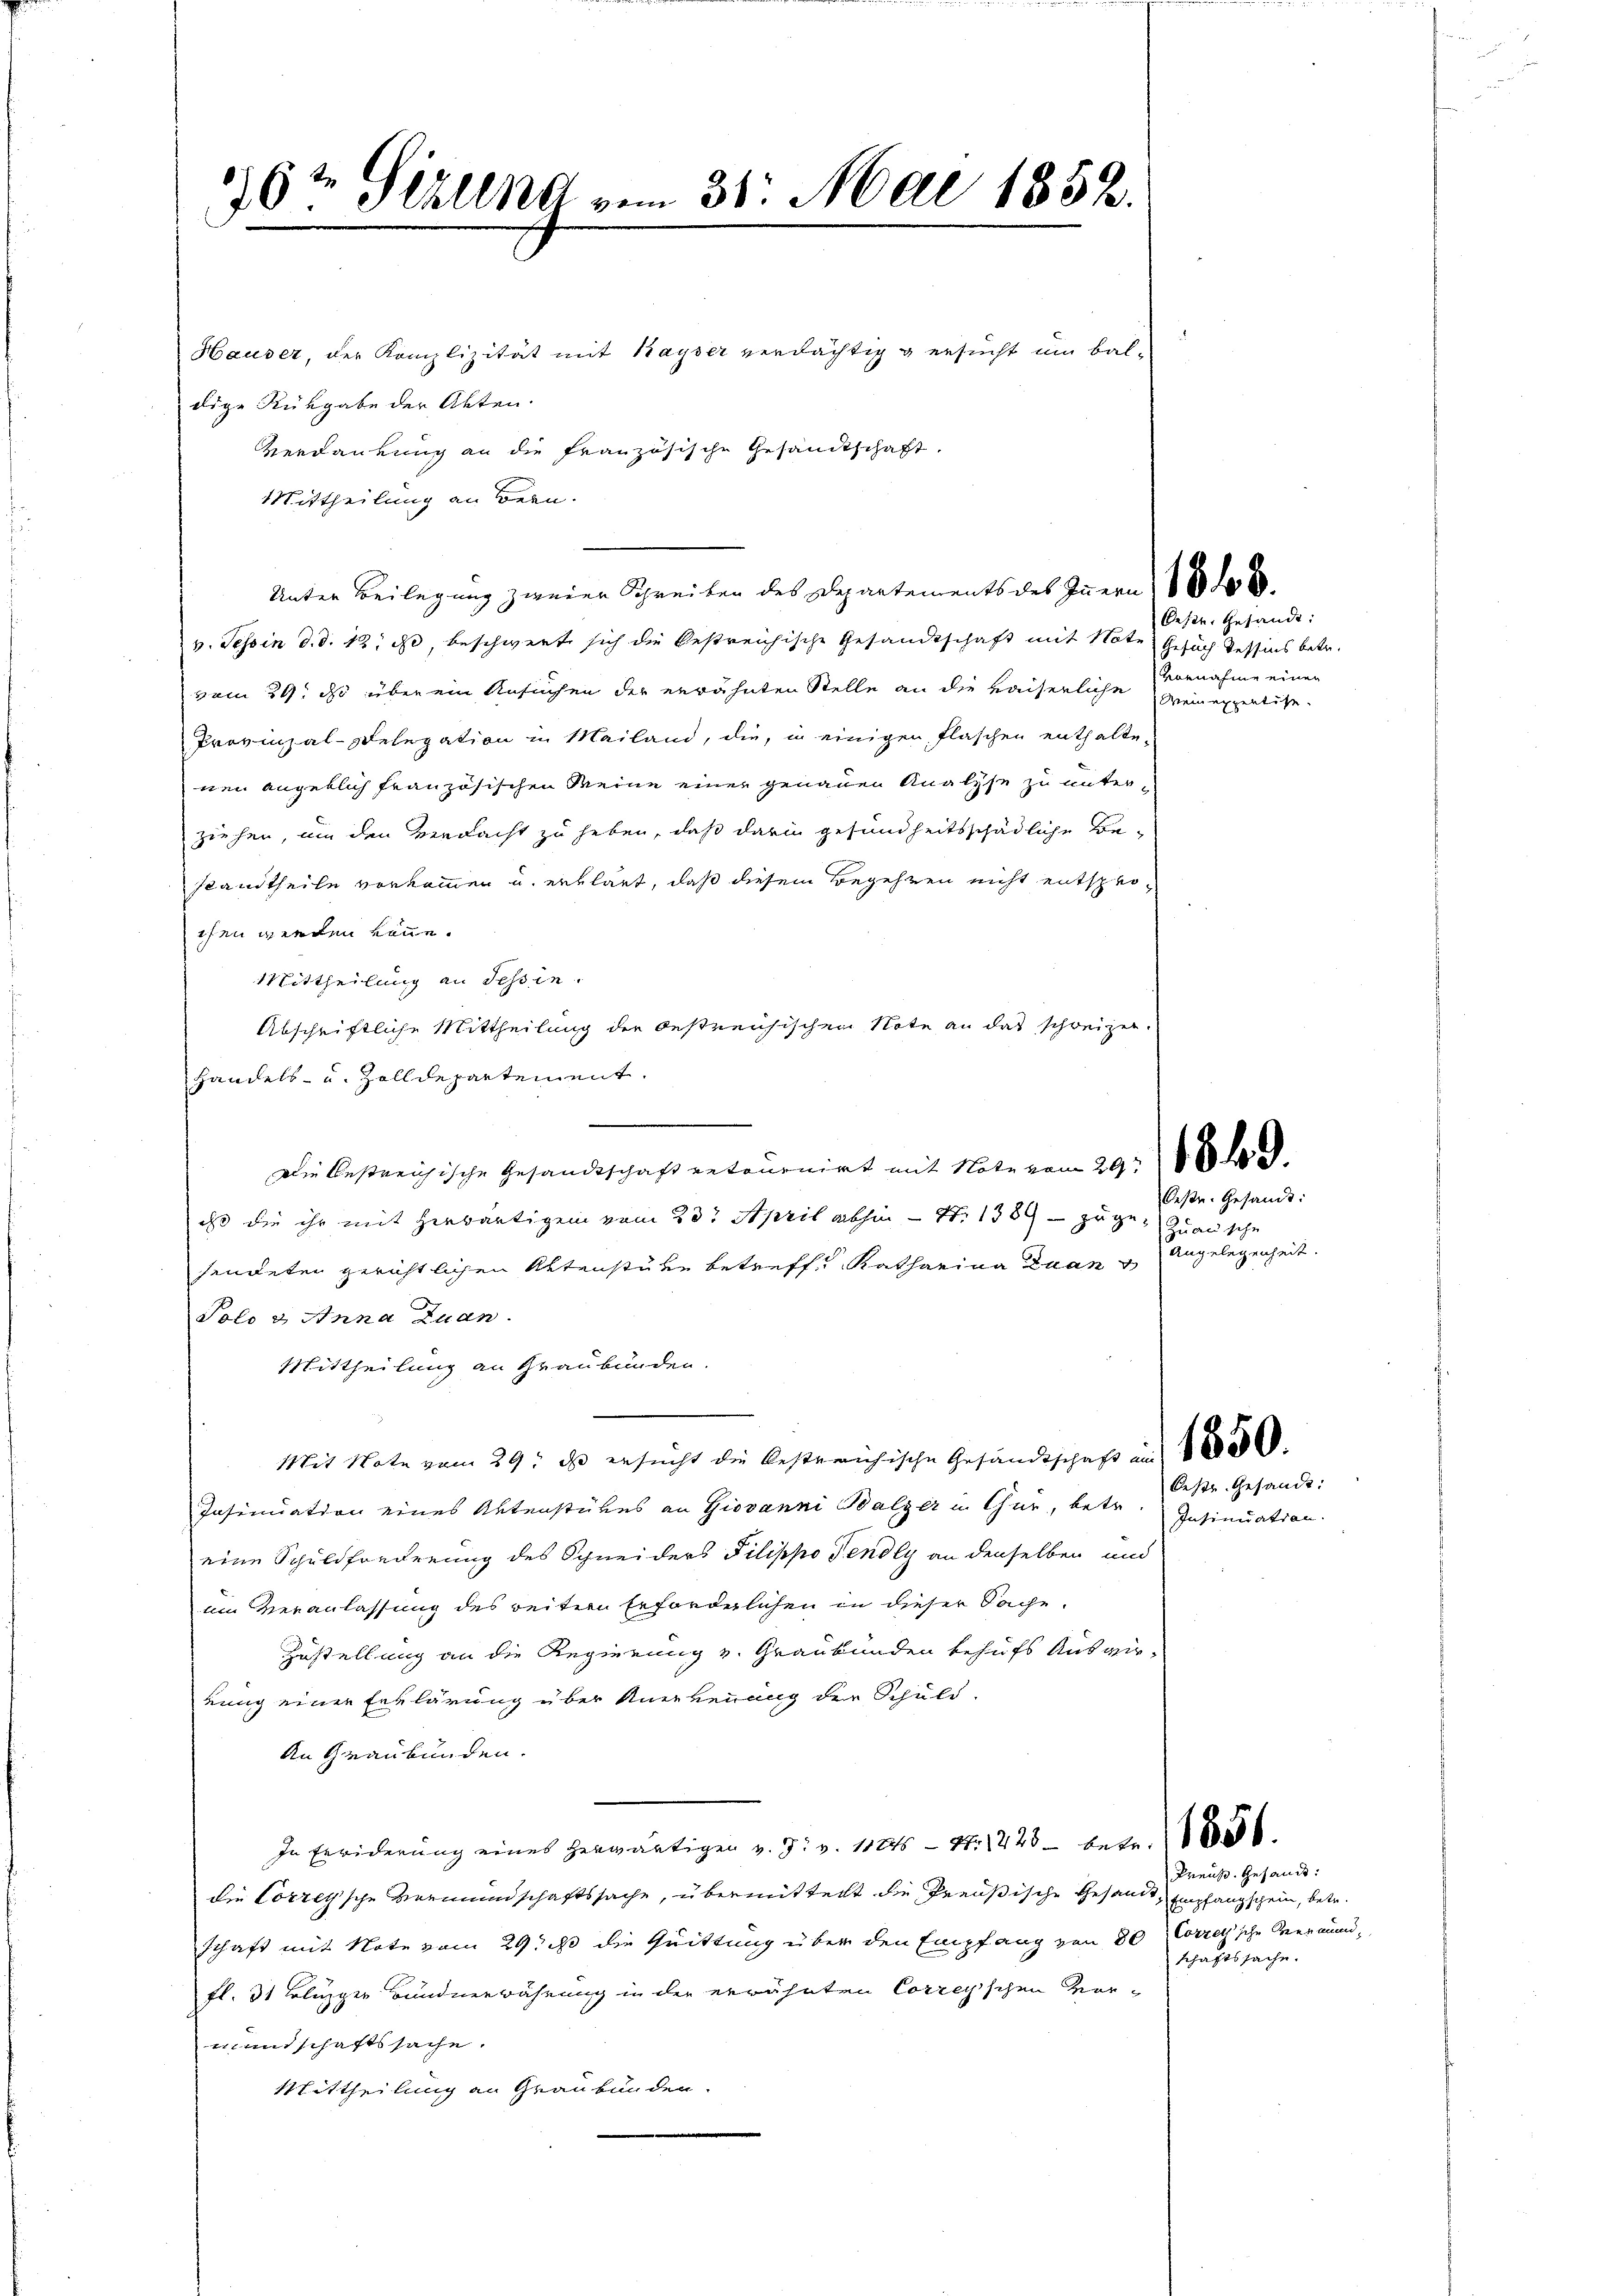
16 t Sekung vom 31. Mai 1852.

Hauser, der Komplizität mit Kayser verdächtig & ersucht um bal-
dige Rückgabe der Akten.
Verdankung an die französische Gesandtschaft.
Mittheilung an Bern.
v. Tessin d. d. 12. a, beschwerte sich die bestreichische Gesandtschaft mit Note Gesuch Tessins betr.
vom 24. ds über ein Ansuchen der erwähnten Stelle an die kaiserliche Vornahme einen
Provinzal-Selegation in Mailand, die, in einigen Flaschen enthaltenen angeblich französischen Meine einer genauen Analyse zu unterziehen, um den Verdacht zu heben, daß darin gesundheitsschädliche Bestandtheile vorkommen u. erklärt, daß diesem Begehren nicht entsprochen werden könne.
Mittheilung an Tessin.
Abschriftliche Mittheilung der bestreichischen Note an das schreizer.
Handels- u. Zolldepartement.
Die bestreichische Gesandtschaft entournirt mit Note vom 29t 88
daß die ihr mit herwärtigen vom 23. April abhin — S. 1389 – zu gesendeten gerichtlichen Aktenstube betreffe Katharina Zuan
Polo 3 Anna Zuan.
Mittheilung an Graubünden.
Mit Note vom 29. ds. ersucht die bestreichische Gesandtschaft am 180000.
Insinuation eines Aktenstükes an Giovanni Balzer u Chur, betr.
eine Schuldforderung des Schneiders Pilippo Tendly an denselben und
im Veranlassung des reitern Erforderlichen in dieser Sache.
Zustellung an die Regierung v. Graubünden behufs Auswir-
rung einer Erklärung über Anerkennung der Schuld-
An Graubünden.
In Erwiderung eines herwärtigen v. J. v. 1126 - 4. 1223 betr. 1886
die Correyische Vermundschaftssache, übermitteilt die Preußische Gesamt Empfangschein, betr.
schaft mit Note vom 29t ist die Quittung über den Empfang von 80 Corretische Verandfl. 31 Blizger Bunderwährung in der erwähnten Correyischen Vermundschaftssache.
Mittheilung an Graubünden.

Unter Beilegung zweien Schreiben des Departements des Innern 18 t 8

Oeste Gesandt:
Wein expertise.

Oese. Gesandt:
Zuansche
Angelegenheit.

Insinuation.

Oestr. Gesandt:

Preuß. Gesandt:
schaftssache.